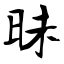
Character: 昧